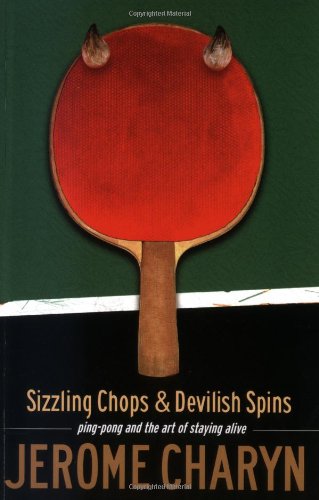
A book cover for Sizzling Chops and Devilish Spins: Ping-Pong and the Art of Staying Alive; Jerome Charyn; Sports & Outdoors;